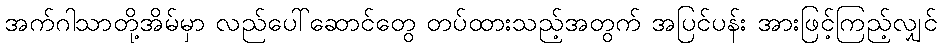
အက်ဂါသာတို့အိမ်မှာ လည်ပေါ်ဆောင်တွေ တပ်ထားသည့်အတွက် အပြင်ပန်း အားဖြင့်ကြည့်လျှင်